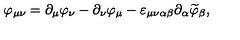
\varphi _ { \mu \nu } = \partial _ { \mu } \varphi _ { \nu } - \partial _ { \nu } \varphi _ { \mu } - \varepsilon _ { \mu \nu \alpha \beta } \partial _ { \alpha } \widetilde { \varphi } _ { \beta } ,